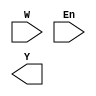
// add timescale etc

module two_four_dencoder(
    input wire [1:0] W, 
    input wire En,
    output wire [3:0] Y
    );
    // declare not variables for the complement
    wire notW0;
    wire notW1;
    not not0(W[0],notW0); //using structural opposed to data flow
    not not1(W[1],notW1);
    //if using dataflow
    // assign notW0 = !W[0];
    // assign notW1 = !W[1];

    // now we will declare and gates and outputs
    // check the circuit diagram  for reference
    and and0(notW0,notW1,En,Y[0]); 
    and and1(W[0],notW1,En,Y[1]);
    and and2(notW0,W[1],En,Y[2]);
    and and3(W[0],W[1],En,Y[3]);
  //  assign Y[0] = notW0 && notW1 && En;
    //assign Y[1] = W[0] && notW1 && En;
   // assign Y[2] = notW0 && W[1] && En;
  //  assign Y[3] = W[0] && W[1] && En;
        
    
    
    
endmodule